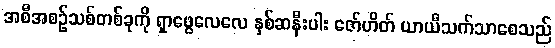
အစီအစဉ်သစ်တစ်ခုကို ရှာဖွေလေလေ နှစ်ဆနီးပါး ဇော်ဟိတ် ယာယီသက်သာစေသည်